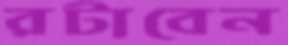
রটাবেন